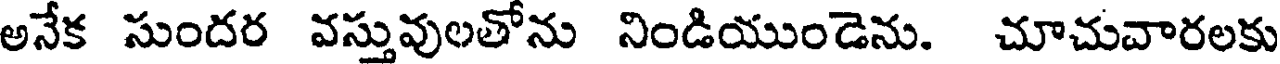
అనేక సుందర వస్తువులతోను నిండియుండెను. చూచువారలకు